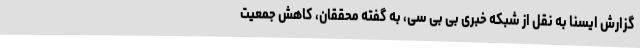
گزارش ایسنا به نقل از شبکه خبری بی بی سی، به گفته محققان، کاهش جمعیت